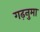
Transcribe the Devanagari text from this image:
गढ़नुमा